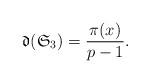
LaTeX: \begin{align*}\frak{d}(\mathfrak{S}_3)=\frac{\pi(x)}{p-1}.\end{align*}